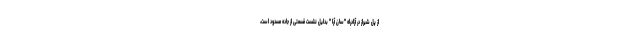
از پل شیراز در آزادراه "سان آرا " بدلیل نشست قسمتی از جاده مسدود است،